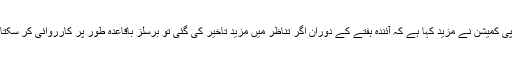
یورپی کمیشن نے مزید کہا ہے کہ آئندہ ہفتے کے دوران اگر تناظر میں مزید تاخیر کی گئی تو برسلز باقاعدہ طور پر کارروائی کر سکتاہے۔